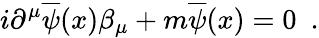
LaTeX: i\partial^{\mu}\overline{{{\psi}}}(x)\beta_{\mu}+m\overline{{{\psi}}}(x)=0\, \, \, .